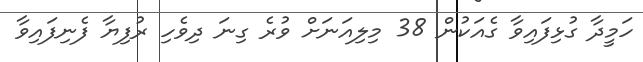
ހަމީދާ ގުޅިފައިވާ ގެއަކުން 38 މިލިއަނަށް ވުރެ ގިނަ ދިވެހި ރުފިޔާ ފެނިފައިވާ